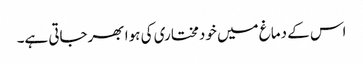
اس کے دماغ میں خودمختاری کی ہوا بھرجاتی ہے۔